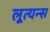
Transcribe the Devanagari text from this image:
लूत्यन्स